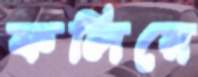
ফলিয়ে